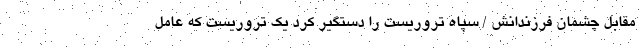
مقابل چشمان فرزندانش / سپاه تروریست را دستگیر کرد یک تروریست که عامل